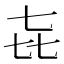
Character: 㐂